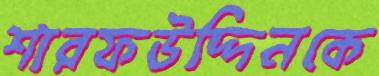
শারফউদ্দিনকে